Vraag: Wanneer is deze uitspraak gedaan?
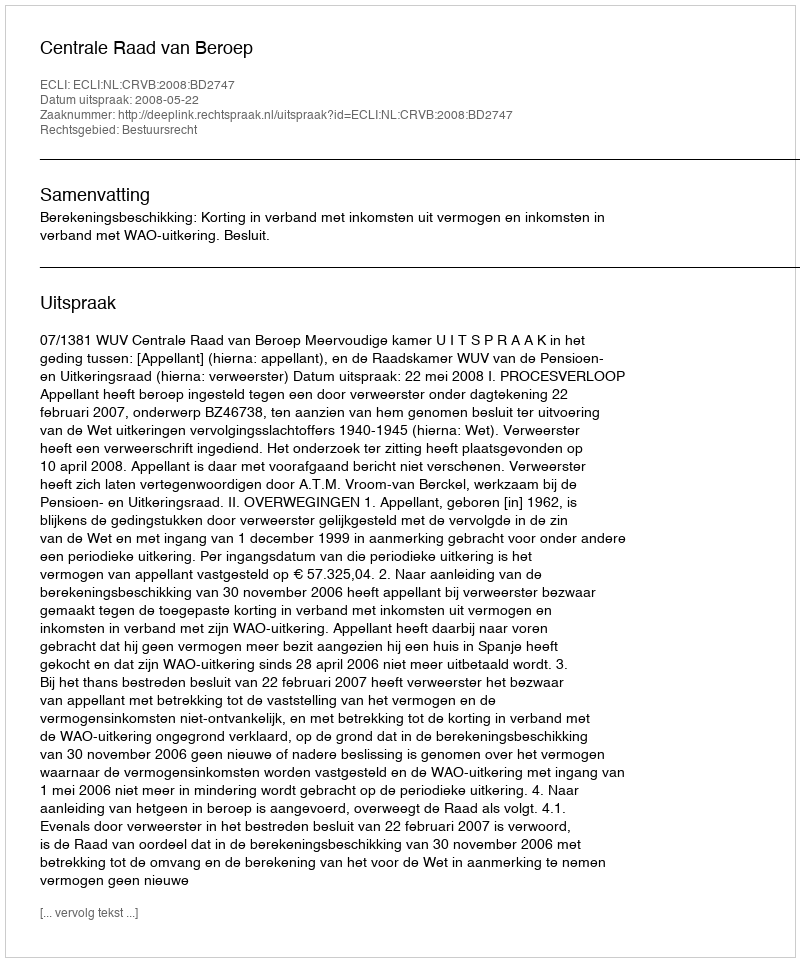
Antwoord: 2008-05-22